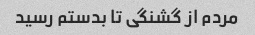
مردم از گشنگی تا بدستم رسید